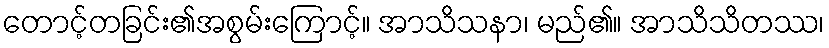
တောင့်တခြင်း၏အစွမ်းကြောင့်။ အာသိသနာ၊ မည်၏။ အာသိသိတဿ၊